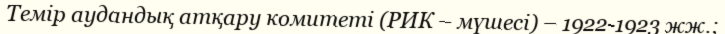
Темір аудандық атқару комитеті (РИК – мүшесі) – 1922-1923 жж.;